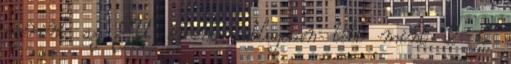
szerint az EU évente átlagosan több mint 2 és